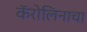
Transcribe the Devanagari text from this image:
कॅरोलिनाचा